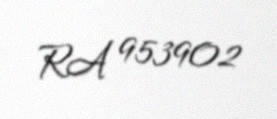
RA 953902